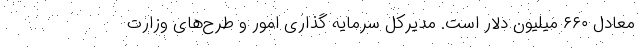
معادل ۶۶۰ میلیون دلار است. مدیرکل سرمایه گذاری امور و طرح‌های وزارت